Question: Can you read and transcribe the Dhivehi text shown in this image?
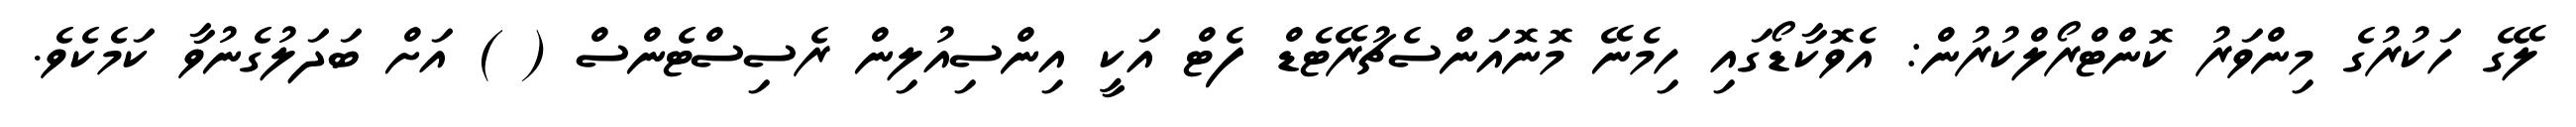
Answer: ލޭގެ ހަކުރުގެ މިންވަރު ކޮންޓްރޯލްކުރުން: އެވޮކާޑޯގައި ހިމެނޭ މޮނޮއަންސެޗުރޭޓެޑް ފެޓް އަކީ އިންސިއުލިން ރެސިސްޓެންސް ( ) އަށް ބަދަލުގެނުވާ ކަމެކެވެ.